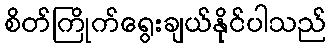
စိတ်ကြိုက်ရွေးချယ်နိုင်ပါသည်